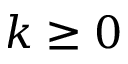
k \geq 0